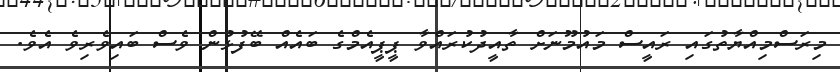
މިރަަސްމިއްޔާތުގައި ރައީސް މައުމޫނަށް ތާއީދުކުރައްވާ ޕީޕީއެމްގެ ބައެއް ބޭފުޅުން ވެސް ބައިވެރިވެ އެވެ.